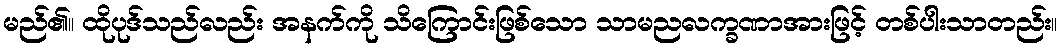
မည်၏။ ထိုပုဒ်သည်လည်း အနက်ကို သိကြောင်းဖြစ်သော သာမညလက္ခဏာအားဖြင့် တစ်ပါးသာတည်း။